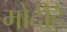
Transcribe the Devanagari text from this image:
मोदीहै